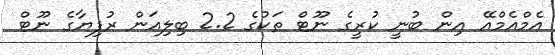
އެމްއެމްއޭ އިން ބުނީ ކުރީގެ ނޫޓް ތަކުގެ 2.2 ބިލިއަން ރުފިޔާގެ ނޫޓް